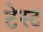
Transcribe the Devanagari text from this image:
टेस्‍ट